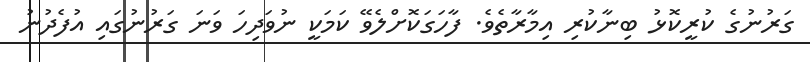
ގަރުނުގެ ކުރީކޮޅު ބިނާކުރި އިމާރާތެވެ. ފާހަގަކޮށްލެވޭ ކަމަކީ ނުވަދިހަ ވަނަ ގަރުނުގައި އުފެދުނު